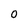
Character: 0